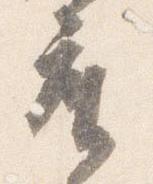
座